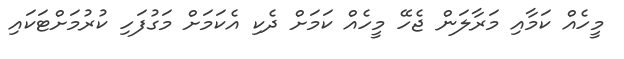
މީހެއް ކަމާއި މަރާލަން ޖެހޭ މީހެއް ކަމަށް ދެކި އެކަމަށް މަގުފަހި ކުރުމަށްޓަކައި